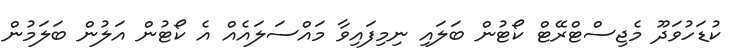
ކުޑަހުވަދޫ މެޖިސްޓްރޭޓް ކޯޓުން ބަލައި ނިމިފައިވާ މައްސަލައެއް އެ ކޯޓުން އަލުން ބަލަމުން